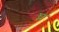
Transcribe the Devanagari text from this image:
घ्न